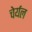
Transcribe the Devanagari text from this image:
चेर्यल